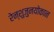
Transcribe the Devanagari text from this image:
रेन्शुजुनयोकान